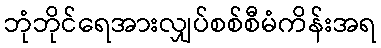
ဘုံဘိုင်ရေအားလျှပ်စစ်စီမံကိန်းအရ